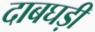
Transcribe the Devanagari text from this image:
दाबघड़ी